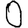
Digit: 0